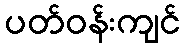
ပတ်ဝန်းကျင်